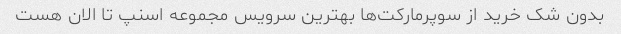
بدون شک خرید از سوپرمارکت‌ها بهترین سرویس مجموعه اسنپ تا الان هست